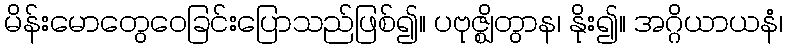
မိန်းမောတွေဝေခြင်းပြောသည်ဖြစ်၍။ ပဗုဇ္ဈိတွာန၊ နိုး၍။ အဂ္ဂိယာယနံ၊